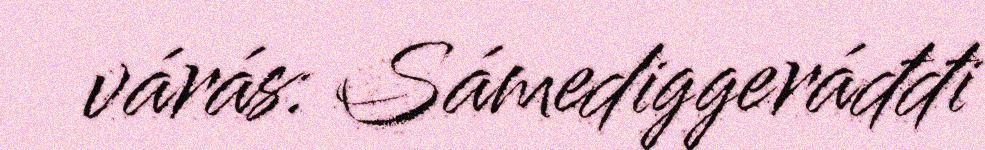
várás: Sámediggeráđđi